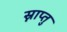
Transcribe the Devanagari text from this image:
स्नाप्तु